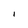
Character: I